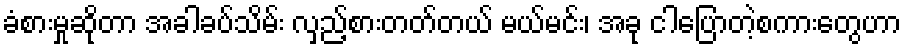
ခံစားမှုဆိုတာ အခါခပ်သိမ်း လှည့်စားတတ်တယ် မယ်မင်း၊ အခု ငါပြောတဲ့စကားတွေဟာ